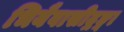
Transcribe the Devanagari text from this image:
भियैवासीद्गङ्गा